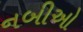
નબીઓ